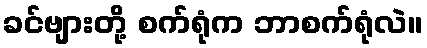
ခင်ဗျားတို့ စက်ရုံက ဘာစက်ရုံလဲ။